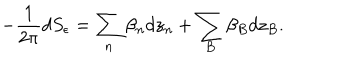
- \frac { 1 } { 2 \pi } d S _ { \epsilon } = \sum _ { n } \beta _ { n } d z _ { n } + \sum _ { B } \beta _ { B } d z _ { B } .